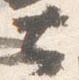
大